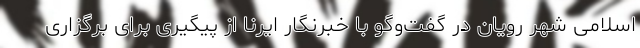
اسلامی شهر رویان در گفت‌وگو با خبرنگار ایرنا از پیگیری برای برگزاری